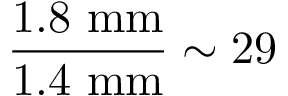
\frac { 1 . 8 \ \mathrm { m m } } { 1 . 4 \ \mathrm { m m } } \sim 2 9 \